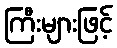
ကြီးများဖြင့်